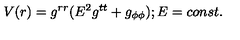
V ( r ) = g ^ { r r } ( E ^ { 2 } g ^ { t t } + g _ { \phi \phi } ) ; E = c o n s t .